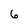
Character: 6